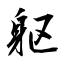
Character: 躯